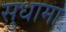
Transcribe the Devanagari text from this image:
सुधामा